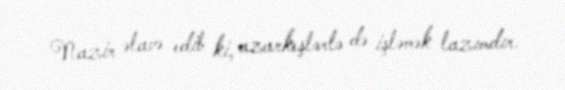
Nazir əlavə edib ki, azarkeşlərlə də işləmək lazımdır.